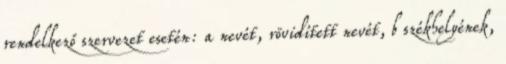
rendelkező szervezet esetén: a nevét, rövidített nevét, b székhelyének,